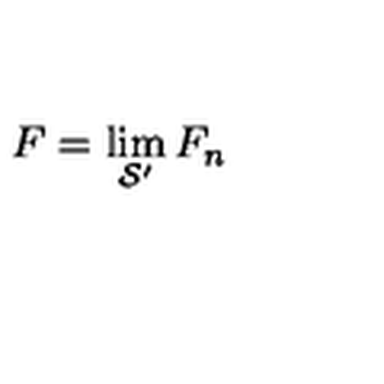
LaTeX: F = \lim _ { \mathcal { S } ^ { \prime } } F _ { n }